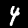
Label: 4